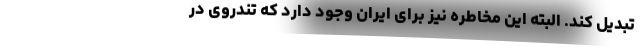
تبدیل ‌کند. البته این مخاطره نیز برای ایران وجود دارد که تندروی در